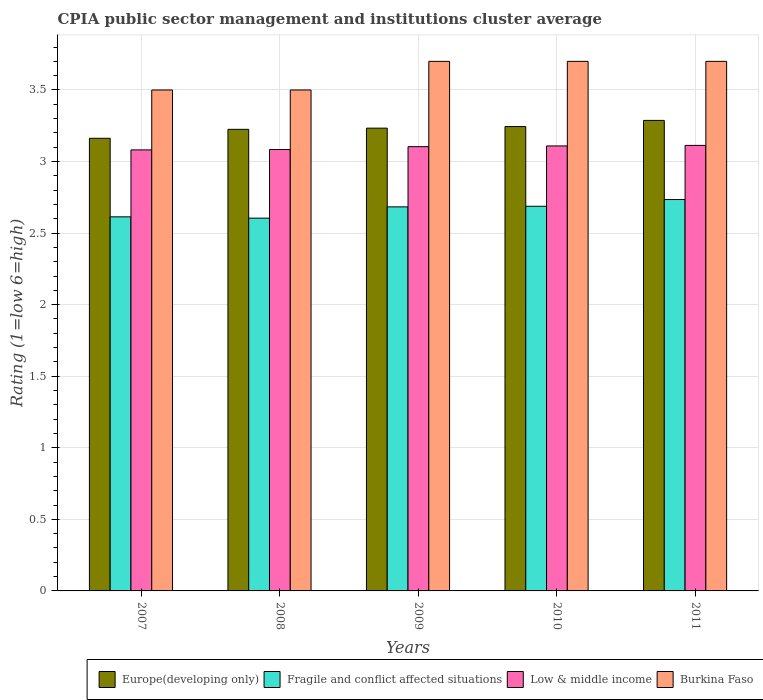
| Years | Europe(developing only) | Fragile and conflict affected situations | Low & middle income | Burkina Faso |
 | --- | --- | --- | --- | --- |
 | 2007 | 3.16 | 2.61 | 3.08 | 3.5 |
 | 2008 | 3.23 | 2.6 | 3.08 | 3.5 |
 | 2009 | 3.23 | 2.68 | 3.1 | 3.7 |
 | 2010 | 3.24 | 2.69 | 3.11 | 3.7 |
 | 2011 | 3.29 | 2.73 | 3.11 | 3.7 |